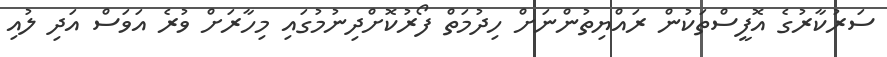
ސަރުކާރުގެ އޮފީސްތަކުން ރައްޔިތުންނަށް ހިދުމަތް ފޯރުކޮށްދިނުމުގައި މިހާރަށް ވުރެ އަވަސް އަދި ލުއި